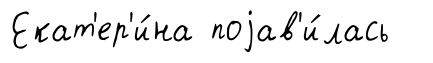
Екат'ер'и́на поjав'и́лась